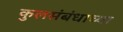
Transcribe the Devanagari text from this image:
कुलसंबंधाच्या